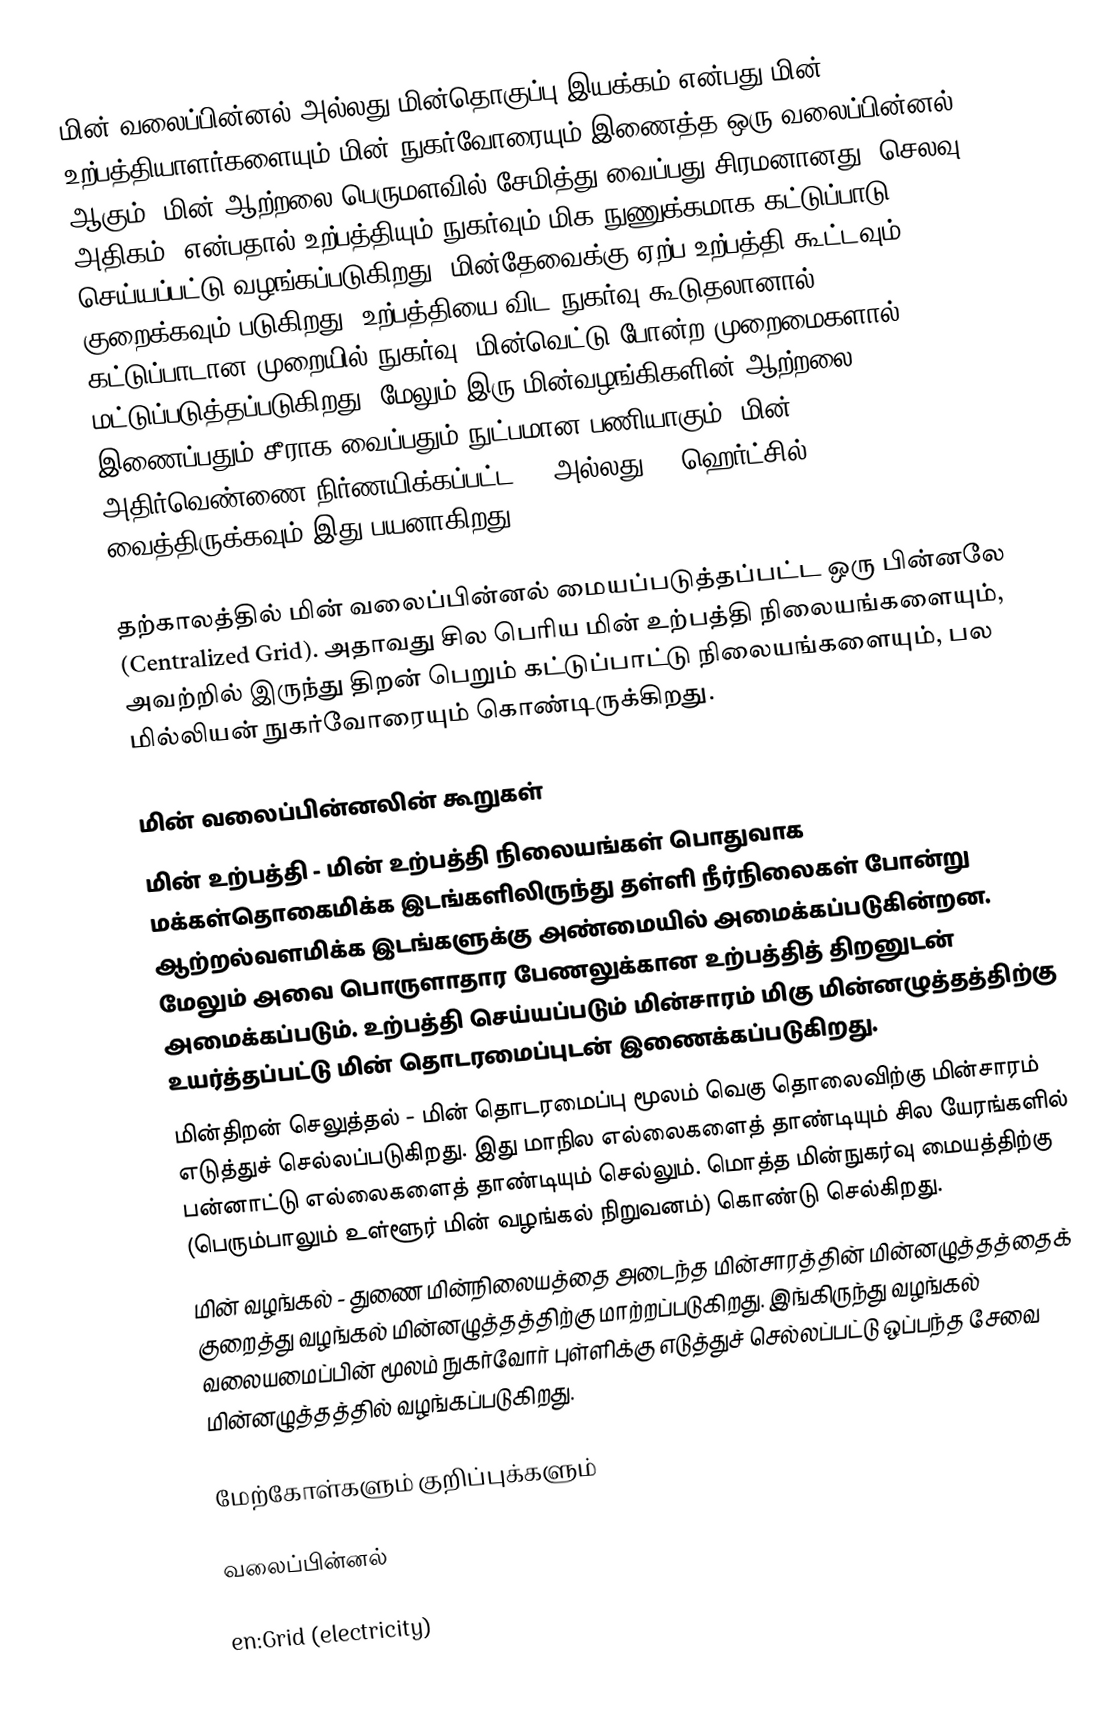
மின் வலைப்பின்னல் அல்லது மின்தொகுப்பு இயக்கம்  என்பது மின் உற்பத்தியாளர்களையும் மின் நுகர்வோரையும் இணைத்த ஒரு வலைப்பின்னல் ஆகும். மின் ஆற்றலை பெருமளவில் சேமித்து வைப்பது சிரமனானது (செலவு அதிகம்) என்பதால் உற்பத்தியும் நுகர்வும் மிக நுணுக்கமாக கட்டுப்பாடு செய்யப்பட்டு வழங்கப்படுகிறது.  மின்தேவைக்கு ஏற்ப உற்பத்தி கூட்டவும் குறைக்கவும் படுகிறது. உற்பத்தியை விட நுகர்வு கூடுதலானால் கட்டுப்பாடான முறையில் நுகர்வு (மின்வெட்டு போன்ற முறைமைகளால்) மட்டுப்படுத்தப்படுகிறது. மேலும் இரு மின்வழங்கிகளின் ஆற்றலை இணைப்பதும் சீராக வைப்பதும் நுட்பமான பணியாகும். மின் அதிர்வெண்ணை நிர்ணயிக்கப்பட்ட 50 அல்லது 60 ஹெர்ட்சில் வைத்திருக்கவும் இது பயனாகிறது.

தற்காலத்தில் மின் வலைப்பின்னல் மையப்படுத்தப்பட்ட ஒரு பின்னலே (Centralized Grid).  அதாவது சில பெரிய மின் உற்பத்தி நிலையங்களையும், அவற்றில் இருந்து திறன் பெறும் கட்டுப்பாட்டு நிலையங்களையும், பல மில்லியன் நுகர்வோரையும் கொண்டிருக்கிறது.

மின் வலைப்பின்னலின் கூறுகள்
 மின் உற்பத்தி - மின் உற்பத்தி நிலையங்கள்  பொதுவாக மக்கள்தொகைமிக்க இடங்களிலிருந்து தள்ளி நீர்நிலைகள் போன்று ஆற்றல்வளமிக்க இடங்களுக்கு அண்மையில் அமைக்கப்படுகின்றன. மேலும் அவை பொருளாதார பேணலுக்கான உற்பத்தித் திறனுடன் அமைக்கப்படும். உற்பத்தி செய்யப்படும் மின்சாரம் மிகு மின்னழுத்தத்திற்கு உயர்த்தப்பட்டு மின் தொடரமைப்புடன் இணைக்கப்படுகிறது.
 மின்திறன் செலுத்தல் - மின் தொடரமைப்பு மூலம் வெகு தொலைவிற்கு மின்சாரம் எடுத்துச் செல்லப்படுகிறது. இது மாநில எல்லைகளைத் தாண்டியும் சில யேரங்களில் பன்னாட்டு எல்லைகளைத் தாண்டியும் செல்லும். மொத்த மின்நுகர்வு மையத்திற்கு (பெரும்பாலும் உள்ளூர் மின் வழங்கல் நிறுவனம்) கொண்டு செல்கிறது.
 மின் வழங்கல் - துணை மின்நிலையத்தை அடைந்த மின்சாரத்தின் மின்னழுத்தத்தைக் குறைத்து வழங்கல் மின்னழுத்தத்திற்கு மாற்றப்படுகிறது. இங்கிருந்து வழங்கல் வலையமைப்பின் மூலம் நுகர்வோர் புள்ளிக்கு எடுத்துச் செல்லப்பட்டு ஒப்பந்த சேவை மின்னழுத்தத்தில் வழங்கப்படுகிறது.

மேற்கோள்களும் குறிப்புக்களும்

வலைப்பின்னல்

en:Grid (electricity)